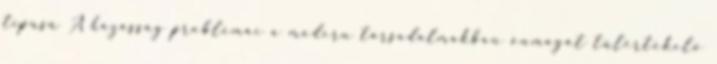
típusú A házasság problémái a modern társadalmakban önmagát túlértékelő